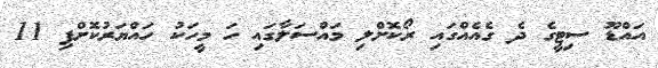
އައްޑޫ ސިޓީގެ ދެ ގެއެއްގައި ރޯކޮށްލި މައްސަލާގައި ހަ މީހަކު ހައްޔަރުކޮށްފި 11